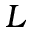
L